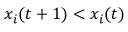
x _ { i } ( t + 1 ) < x _ { i } ( t )